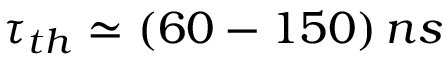
\tau _ { t h } \simeq ( 6 0 - 1 5 0 ) \, n s